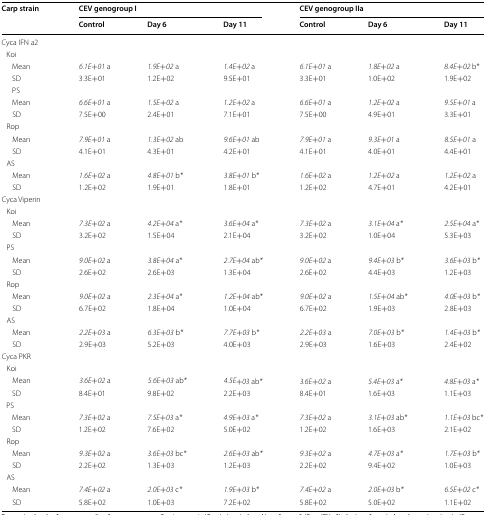
<table><thead><tr><td rowspan="2"><b>Carp strain</b></td><td colspan="3"><b>CEV genogroup I</b></td><td colspan="3"><b>CEV genogroup IIa</b></td></tr><tr><td><b>Control</b></td><td><b>Day 6</b></td><td><b>Day 11</b></td><td><b>Control</b></td><td><b>Day 6</b></td><td><b>Day 11</b></td></tr></thead><tbody><tr><td colspan="7">Cyca IFN a2</td></tr><tr><td colspan="7"> Koi</td></tr><tr><td>Mean</td><td><i>6.1E+01</i> a</td><td><i>1.9E+02</i> a</td><td><i>1.4E+02</i> a</td><td><i>6.1E+01</i> a</td><td><i>1.8E+02</i> a</td><td><i>8.4E+02</i> b*</td></tr><tr><td>SD</td><td>3.3E+01</td><td>1.2E+02</td><td>9.5E+01</td><td>3.3E+01</td><td>1.0E+02</td><td>1.9E+02</td></tr><tr><td colspan="7">PS</td></tr><tr><td>Mean</td><td><i>6.6E+01</i> a</td><td><i>1.5E+02</i> a</td><td><i>1.2E+02</i> a</td><td><i>6.6E+01</i> a</td><td><i>1.2E+02</i> a</td><td><i>9.5E+01</i> a</td></tr><tr><td>SD</td><td>7.5E+00</td><td>2.4E+01</td><td>7.1E+01</td><td>7.5E+00</td><td>4.9E+01</td><td>3.3E+01</td></tr><tr><td colspan="7"> Rop</td></tr><tr><td>Mean</td><td><i>7.9E+01</i> a</td><td><i>1.3E+02</i> ab</td><td><i>9.6E+01</i> ab</td><td><i>7.9E+01</i> a</td><td><i>9.3E+01</i> a</td><td><i>8.5E+01</i> a</td></tr><tr><td>SD</td><td>4.1E+01</td><td>4.3E+01</td><td>4.2E+01</td><td>4.1E+01</td><td>4.0E+01</td><td>4.4E+01</td></tr><tr><td colspan="7"> AS</td></tr><tr><td>Mean</td><td><i>1.6E+02</i> a</td><td><i>4.8E+01</i> b<i>*</i></td><td><i>3.8E+01</i> b<i>*</i></td><td><i>1.6E+02</i> a</td><td><i>1.2E+02</i> a</td><td><i>1.2E+02</i> a</td></tr><tr><td>SD</td><td>1.2E+02</td><td>1.9E+01</td><td>1.8E+01</td><td>1.2E+02</td><td>4.7E+01</td><td>4.2E+01</td></tr><tr><td colspan="7">Cyca Viperin</td></tr><tr><td colspan="7"> Koi</td></tr><tr><td>Mean</td><td><i>7.3E+02</i> a</td><td><i>4.2E+04</i> a<i>*</i></td><td><i>3.6E+04</i> a<i>*</i></td><td><i>7.3E+02</i> a</td><td><i>3.1E+04</i> a<i>*</i></td><td><i>2.5E+04</i> a<i>*</i></td></tr><tr><td>SD</td><td>3.2E+02</td><td>1.5E+04</td><td>2.1E+04</td><td>3.2E+02</td><td>1.0E+04</td><td>5.3E+03</td></tr><tr><td colspan="7"> PS</td></tr><tr><td>Mean</td><td><i>9.0E+02</i> a</td><td><i>3.8E+04</i> a<i>*</i></td><td><i>2.7E+04</i> ab<i>*</i></td><td><i>9.0E+02</i> a</td><td><i>9.4E+03</i> b<i>*</i></td><td><i>3.6E+03</i> b<i>*</i></td></tr><tr><td>SD</td><td>2.6E+02</td><td>2.6E+03</td><td>1.3E+04</td><td>2.6E+02</td><td>4.4E+03</td><td>1.2E+03</td></tr><tr><td colspan="7"> Rop</td></tr><tr><td>Mean</td><td><i>9.0E+02</i> a</td><td><i>2.3E+04</i> a<i>*</i></td><td><i>1.2E+04</i> ab<i>*</i></td><td><i>9.0E+02</i> a</td><td><i>1.5E+04</i> ab<i>*</i></td><td><i>4.0E+03</i> b<i>*</i></td></tr><tr><td>SD</td><td>6.7E+02</td><td>1.8E+04</td><td>1.0E+04</td><td>6.7E+02</td><td>1.9E+03</td><td>2.8E+03</td></tr><tr><td colspan="7"> AS</td></tr><tr><td>Mean</td><td><i>2.2E+03</i> a</td><td><i>6.3E+03</i> b<i>*</i></td><td><i>7.7E+03</i> b<i>*</i></td><td><i>2.2E+03</i> a</td><td><i>7.0E+03</i> b<i>*</i></td><td><i>1.4E+03</i> b<i>*</i></td></tr><tr><td>SD</td><td>2.9E+03</td><td>5.2E+03</td><td>4.0E+03</td><td>2.9E+03</td><td>1.6E+03</td><td>2.4E+02</td></tr><tr><td colspan="7">Cyca PKR</td></tr><tr><td colspan="7"> Koi</td></tr><tr><td>Mean</td><td><i>3.6E+02</i> a</td><td><i>5.6E+03</i> ab<i>*</i></td><td><i>4.5E+03</i> ab<i>*</i></td><td><i>3.6E+02</i> a</td><td><i>5.4E+03</i> a<i>*</i></td><td><i>4.8E+03</i> a<i>*</i></td></tr><tr><td>SD</td><td>8.4E+01</td><td>9.8E+02</td><td>2.2E+03</td><td>8.4E+01</td><td>1.6E+03</td><td>1.1E+03</td></tr><tr><td colspan="7"> PS</td></tr><tr><td>Mean</td><td><i>7.3E+02</i> a</td><td><i>7.5E+03</i> a<i>*</i></td><td><i>4.9E+03</i> a<i>*</i></td><td><i>7.3E+02</i> a</td><td><i>3.1E+03</i> ab<i>*</i></td><td><i>1.1E+03</i> bc<i>*</i></td></tr><tr><td>SD</td><td>1.2E+02</td><td>7.6E+02</td><td>5.0E+02</td><td>1.2E+02</td><td>1.6E+03</td><td>2.1E+02</td></tr><tr><td colspan="7"> Rop</td></tr><tr><td>Mean</td><td><i>9.3E+02</i> a</td><td><i>3.6E+03</i> bc<i>*</i></td><td><i>2.6E+03</i> ab<i>*</i></td><td><i>9.3E+02</i> a</td><td><i>4.7E+03</i> a<i>*</i></td><td><i>1.7E+03</i> b<i>*</i></td></tr><tr><td>SD</td><td>2.2E+02</td><td>1.3E+03</td><td>1.2E+03</td><td>2.2E+02</td><td>9.4E+02</td><td>1.0E+03</td></tr><tr><td colspan="7"> AS</td></tr><tr><td>Mean</td><td><i>7.4E+02</i> a</td><td><i>2.0E+03</i> c<i>*</i></td><td><i>1.9E+03</i> b<i>*</i></td><td><i>7.4E+02</i> a</td><td><i>2.0E+03</i> b<i>*</i></td><td><i>6.5E+02</i> c<i>*</i></td></tr><tr><td>SD</td><td>5.8E+02</td><td>1.0E+03</td><td>7.2E+02</td><td>5.8E+02</td><td>5.0E+02</td><td>1.1E+02</td></tr></tbody></table>